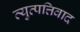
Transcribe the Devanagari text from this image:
व्युत्पत्तिवाद